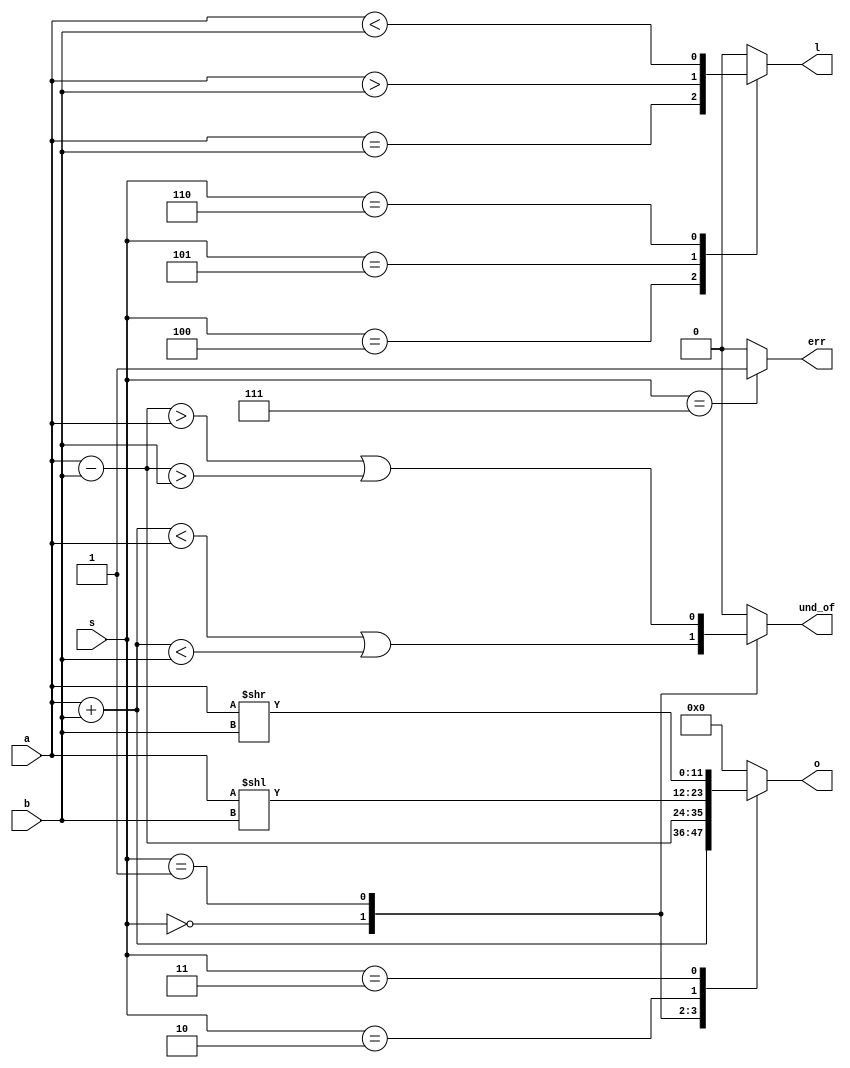
`timescale 1ns / 1ps  


module ALU(
    input [11:0] a,
    input [11:0] b,
    input [3:0] s,
    output reg [11:0] o,
    output reg err,
    output reg l,
    output reg und_of
);

    always @(*) begin
        o = 0;
        err = 0;
        l = 0;
        und_of = 0;
        case(s)
            0: begin
                o = a + b;
                und_of = (o < a) || (o < b);
            end
            1: begin
                o = a - b;
                und_of = (o > a) || (o > b);
            end
            2: begin
                o = a << b;
            end
            3: begin
                o = a >> b;
            end
            4: begin
                l = (a == b);
            end
            5: begin
                l = (a > b);
            end
            6: begin
                l = (a < b);
            end
            7: begin
                err = 1;
            end
            default: o = 0;
        endcase
    end

endmodule